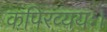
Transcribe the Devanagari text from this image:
कपिरव्ययः।